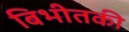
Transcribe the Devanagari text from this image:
बिभीतकी